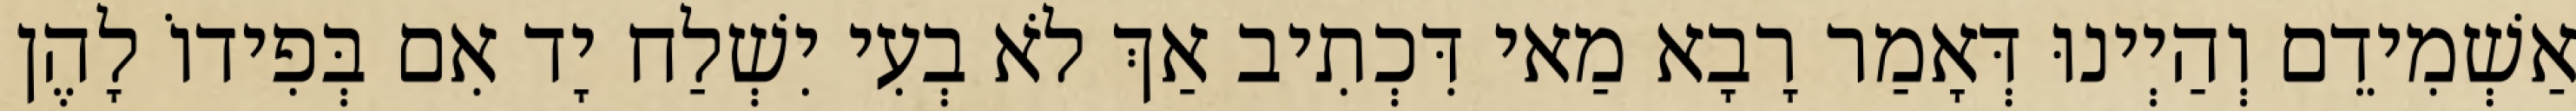
אַשְׁמִידֵם וְהַיְינוּ דְּאָמַר רָבָא מַאי דִּכְתִיב אַךְ לֹא בְעִי יִשְׁלַח יָד אִם בְּפִידוֹ לָהֶן